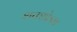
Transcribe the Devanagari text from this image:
शतशोऽथ